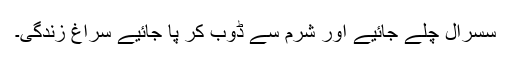
سسرال چلے جائیے اور شرم سے ڈوب کر پا جائیے سراغِ زندگی۔